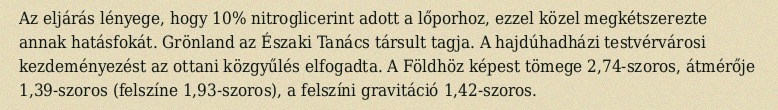
Az eljárás lényege, hogy 10% nitroglicerint adott a lőporhoz, ezzel közel megkétszerezte annak hatásfokát. Grönland az Északi Tanács társult tagja. A hajdúhadházi testvérvárosi kezdeményezést az ottani közgyűlés elfogadta. A Földhöz képest tömege 2,74-szoros, átmérője 1,39-szoros (felszíne 1,93-szoros), a felszíni gravitáció 1,42-szoros.